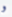
و